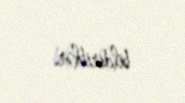
bildiriblər.